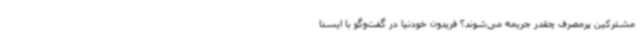
مشترکین پرمصرف چقدر جریمه می‌شوند؟ فریدون خودنیا در گفت‌وگو با ایسنا